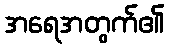
အရေအတွက်၏